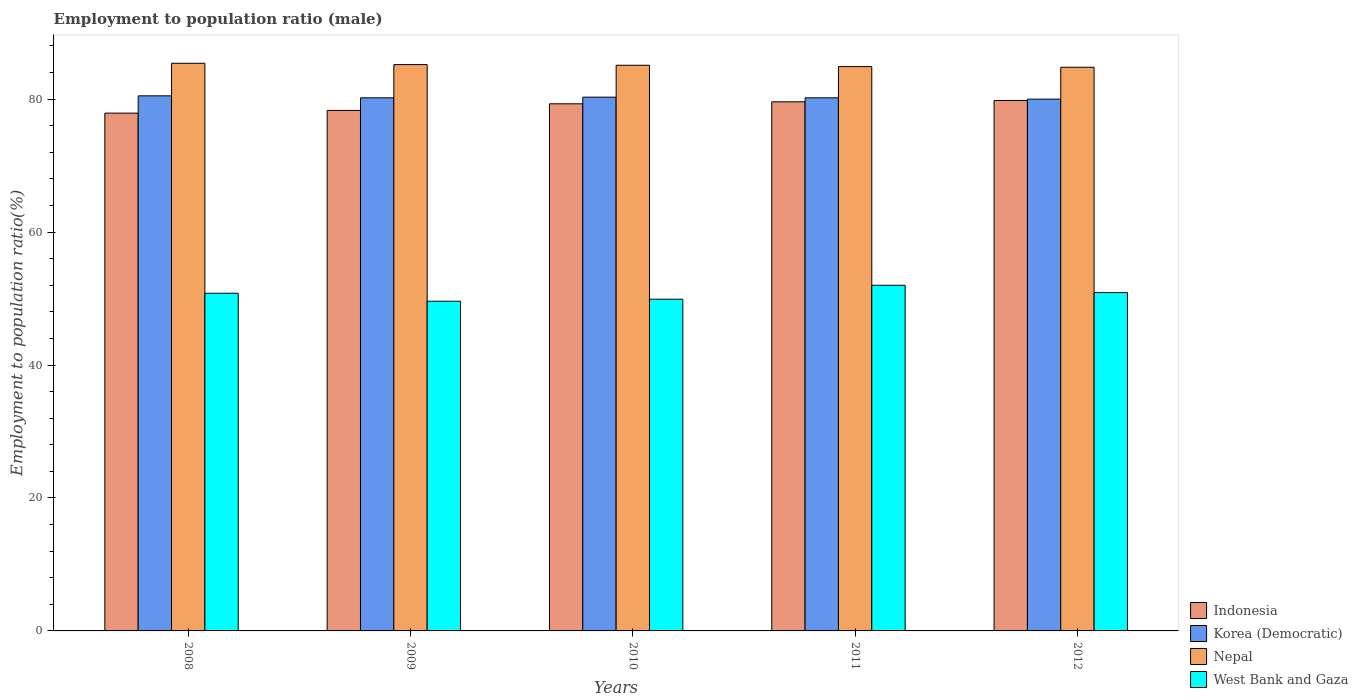
| Years | Indonesia | Korea (Democratic) | Nepal | West Bank and Gaza |
 | --- | --- | --- | --- | --- |
 | 2008 | 77.9 | 80.5 | 85.4 | 50.8 |
 | 2009 | 78.3 | 80.2 | 85.2 | 49.6 |
 | 2010 | 79.3 | 80.3 | 85.1 | 49.9 |
 | 2011 | 79.6 | 80.2 | 84.9 | 52 |
 | 2012 | 79.8 | 80 | 84.8 | 50.9 |